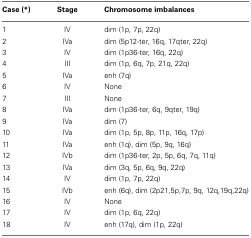
<table><thead><tr><td><b>Case (*)</b></td><td><b>Stage</b></td><td><b>Chromosome imbalances</b></td></tr></thead><tbody><tr><td>1</td><td>IV</td><td>dim (1p, 7p, 22q)</td></tr><tr><td>2</td><td>IVa</td><td>dim (5p12-ter, 16q, 17qter, 22q)</td></tr><tr><td>3</td><td>IV</td><td>dim (1p36-ter, 16q, 22q)</td></tr><tr><td>4</td><td>III</td><td>dim (1p, 6q, 7p, 21q, 22q)</td></tr><tr><td>5</td><td>IVa</td><td>enh (7q)</td></tr><tr><td>6</td><td>IV</td><td>None</td></tr><tr><td>7</td><td>III</td><td>None</td></tr><tr><td>8</td><td>IVa</td><td>dim (1p36-ter, 6q, 9qter, 19q)</td></tr><tr><td>9</td><td>IVa</td><td>dim (7)</td></tr><tr><td>10</td><td>IVa</td><td>dim (1p, 5p, 8p, 11p, 16q, 17p)</td></tr><tr><td>11</td><td>IVa</td><td>enh (1q), dim (5p, 9q, 16q)</td></tr><tr><td>12</td><td>IVb</td><td>dim (1p36-ter, 2p, 5p, 6q, 7q, 11q)</td></tr><tr><td>13</td><td>IVa</td><td>dim (3q, 5p, 6q, 9q, 22q)</td></tr><tr><td>14</td><td>IV</td><td>dim (1p, 7p, 22q)</td></tr><tr><td>15</td><td>IVb</td><td>enh (6q), dim (2p21,5p,7p, 9q, 12q,19q,22q)</td></tr><tr><td>16</td><td>IV</td><td>None</td></tr><tr><td>17</td><td>IV</td><td>dim (1p, 6q, 22q)</td></tr><tr><td>18</td><td>IV</td><td>enh (17q), dim (1p, 22q)</td></tr></tbody></table>